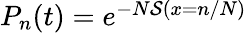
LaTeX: \begin{array}{r}{P_{n}(t)=e^{-N\mathcal{S}(x=n/N)}}\end{array}